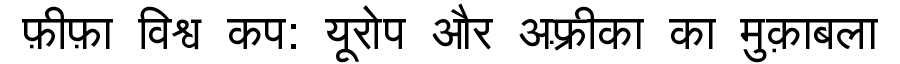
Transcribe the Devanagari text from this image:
फ़ीफ़ा विश्व कप: यूरोप और अफ़्रीका का मुक़ाबला